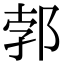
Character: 郣